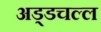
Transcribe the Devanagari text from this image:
अड्डचल्ल